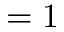
= 1